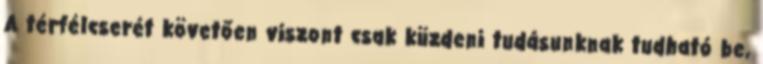
A térfélcserét követően viszont csak küzdeni tudásunknak tudható be,